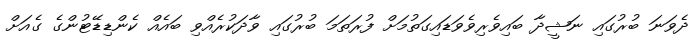
ދެވަނަ ބުރުގައި ނަޝީދާ ބައިވެރިވެވަޑައިގަތުމަށް ފުރަތަމަ ބުރުގައި ވާދަކުރެއްވި ބައެއް ކެންޑިޑޭޓުންގެ ގެއަށް